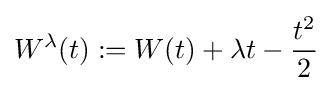
W^{\lambda }(t):=W(t)+\lambda t-{\frac {t^{2}}{2}}